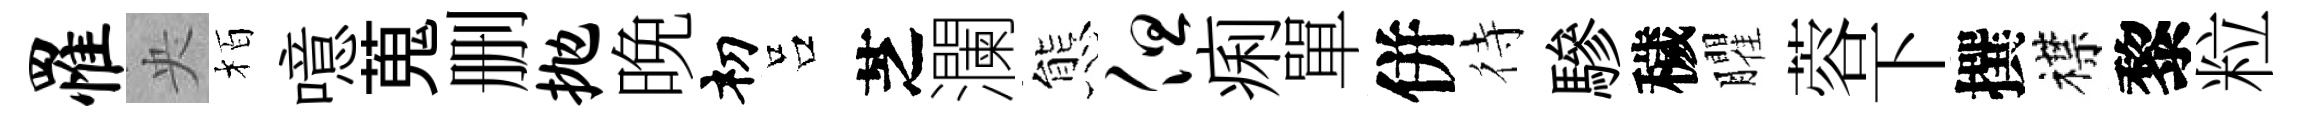
罹央栢噫蒐删抛晚𥘉吕芝瀾態但痢單併待驂穢臞蓉下撰襟黎粒